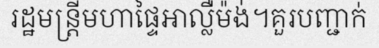
រដ្ឋមន្ត្រីមហាផ្ទៃអាល្លឺម៉ង់។គួរបញ្ជាក់